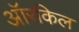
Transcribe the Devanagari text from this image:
ऑरकिल